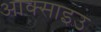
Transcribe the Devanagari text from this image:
आक्साइउ